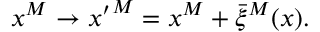
x ^ { M } \to { x ^ { \prime } } ^ { M } = x ^ { M } + \bar { \xi } ^ { M } ( x ) .